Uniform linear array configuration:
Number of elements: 4
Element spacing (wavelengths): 0.5
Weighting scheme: cosine
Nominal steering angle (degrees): -15
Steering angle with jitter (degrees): -14.048
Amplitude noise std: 0.05
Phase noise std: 0.05

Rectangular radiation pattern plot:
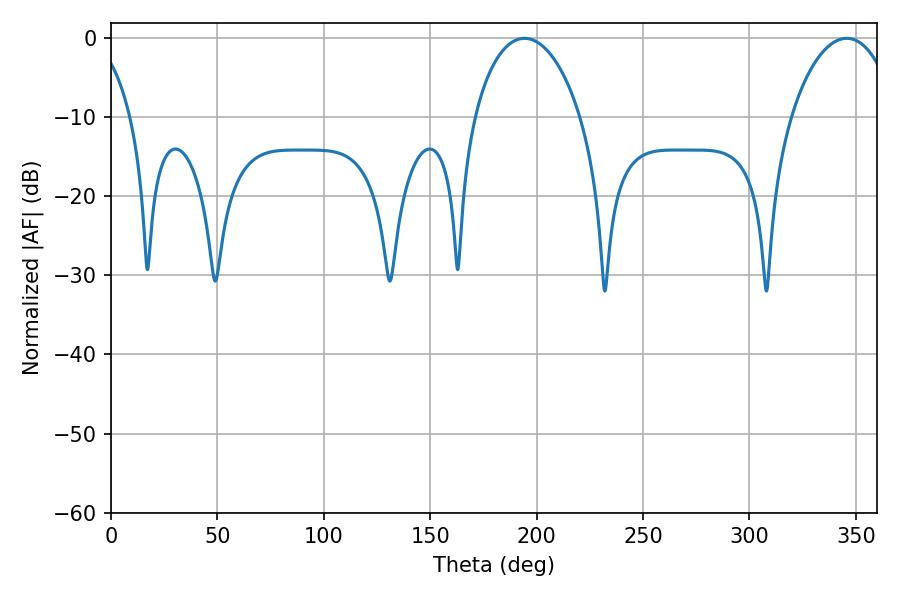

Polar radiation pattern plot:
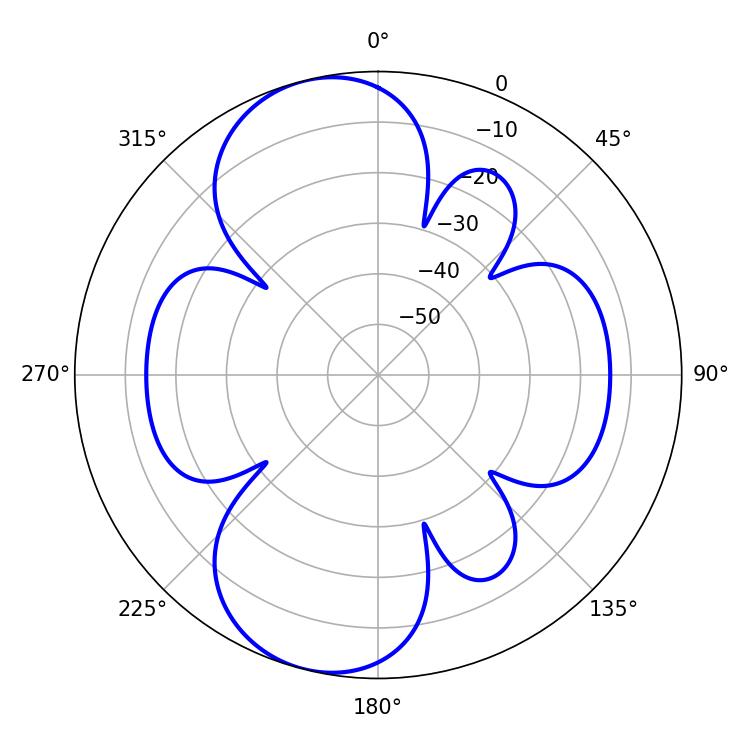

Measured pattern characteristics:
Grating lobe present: FALSE
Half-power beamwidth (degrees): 28.44
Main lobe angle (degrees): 194.22